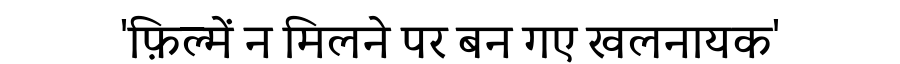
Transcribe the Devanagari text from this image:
'फ़िल्में न मिलने पर बन गए खलनायक'